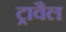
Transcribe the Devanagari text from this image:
ट्रावैल